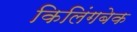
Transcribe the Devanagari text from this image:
किलिंगबेक